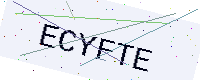
Text: ECYFTE